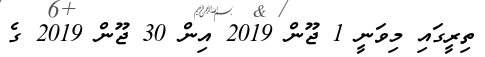
ތިރީގައި މިވަނީ 1 ޖޫން 2019 އިން 30 ޖޫން 2019 ގެ